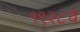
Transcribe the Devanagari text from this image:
१९२८चे